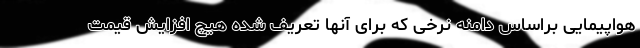
هواپیمایی براساس دامنه نرخی که برای آنها تعریف شده هیچ افزایش قیمت